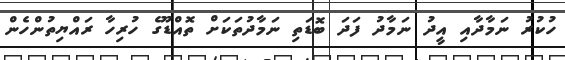
ހުކުރު ނަމާދާއި އީދު ނަމާދު ފަދަ ބޮޑަތި ނަމާދުތަކަށް ތޮއްޑޫގެ ހުރިހާ ރައްޔިތުންހެން